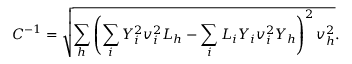
C ^ { - 1 } = { \sqrt { \sum _ { h } \left( \sum _ { i } Y _ { i } ^ { 2 } v _ { i } ^ { 2 } L _ { h } - \sum _ { i } L _ { i } Y _ { i } v _ { i } ^ { 2 } Y _ { h } \right) ^ { 2 } v _ { h } ^ { 2 } } } .